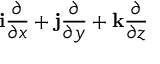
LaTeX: \mathbf { i } { \frac { \partial } { \partial x } } + \mathbf { j } { \frac { \partial } { \partial y } } + \mathbf { k } { \frac { \partial } { \partial z } }